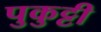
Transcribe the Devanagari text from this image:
पुकुट्टी